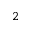
2